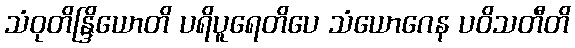
သံဝုတိန္ဒြိယောတိ ပရိပူရေတိပေ သံယောဂေန ပဝိသတီတိ